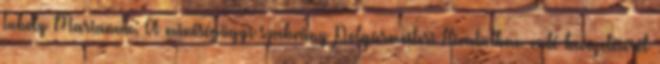
Tuboly Marianna: A minőségügyi szabvány Polgármesteri Hivatalban való bevezetéséről